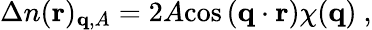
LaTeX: \begin{array}{r}{\Delta n(\mathbf{r})_{\mathbf{q},A}=2A\textnormal{cos}\left(\mathbf{q}\cdot\mathbf{r}\right)\chi(\mathbf{q})\ ,}\end{array}